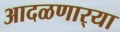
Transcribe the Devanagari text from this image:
आदळणार्‍या